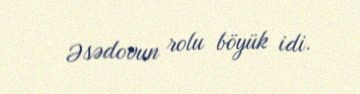
Əsədovun rolu böyük idi.